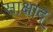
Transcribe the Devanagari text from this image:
साक्षाद्